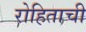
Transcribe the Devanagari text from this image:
रोहिताची